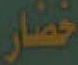
خضار